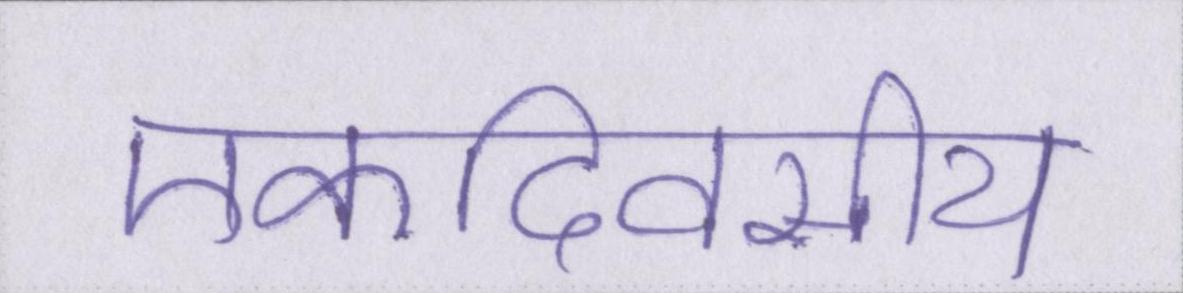
एकदिवसीय